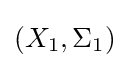
\left(X_{1},\Sigma _{1}\right)